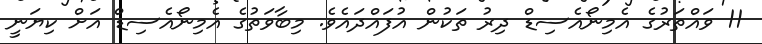
11 ވައްތަރުގެ އެމިނޯއެސިޑް ދިރު ތަކުން އުފައްދައެވެ. މިބާވަތުގެ އެމިނޯއެސިޑް އަށް ކިޔަނީ